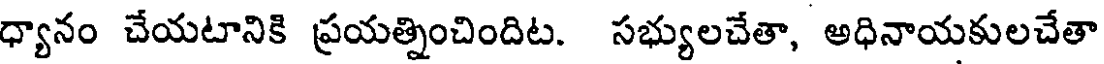
ధ్యానం చేయటానికి ప్రయత్నించిందిట. సభ్యులచేతా, అధినాయకులచేతా